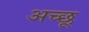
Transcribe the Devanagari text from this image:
अच्छू